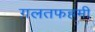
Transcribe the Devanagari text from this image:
ग़लतफहमी